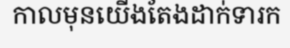
កាលមុនយើងតែងដាក់ទារក